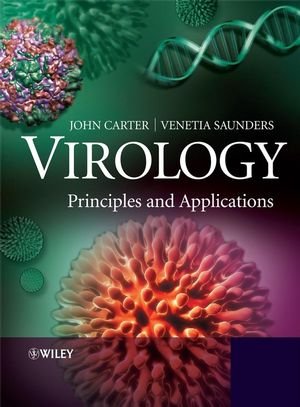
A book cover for Virology: Principles and Applications; John Carter; Medical Books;